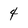
Character: 4